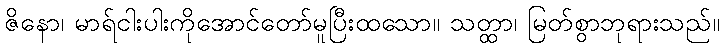
ဇိနော၊ မာရ်ငါးပါးကိုအောင်တော်မူပြီးထသော။ သတ္ထာ၊ မြတ်စွာဘုရားသည်။